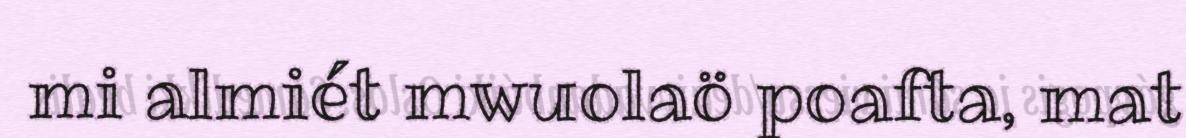
mi almiét mwuolaö poafta, mat